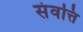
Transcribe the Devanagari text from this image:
संवत्ति